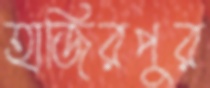
হাজিরপুর